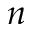
n